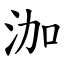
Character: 泇